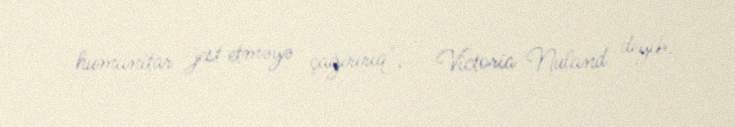
humanitar jest etməyə çağırırıq", - Victoria Nuland deyib.